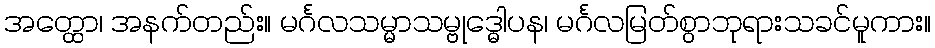
အတ္ထော၊ အနက်တည်း။ မင်္ဂလသမ္မာသမ္ဗုဒ္ဓေါပန၊ မင်္ဂလမြတ်စွာဘုရားသခင်မူကား။